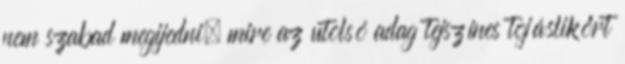
nem szabad megijedni, mire az utolsó adag tejszínes tojáslikőrt